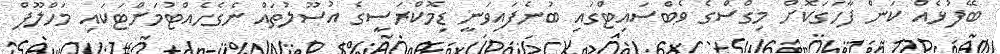
ބޭފުޅެއް ކަން ފާހަގަކޮށް މިގްސްގެ ވެބްސައިޓްގައި ބުނެފައިވަނީ ޑިމޮކްރަސީގެ އުސޫލުތައް ނެގެހެއްޓުމަށްޓަކައި މަހްލޫފް